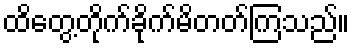
ထိတွေ့တိုက်ခိုက်မိတတ်ကြသည်။